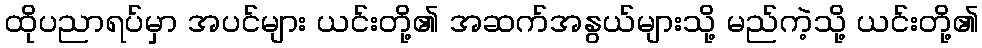
ထိုပညာရပ်မှာ အပင်များ ယင်းတို့၏ အဆက်အနွယ်များသို့ မည်ကဲ့သို့ ယင်းတို့၏